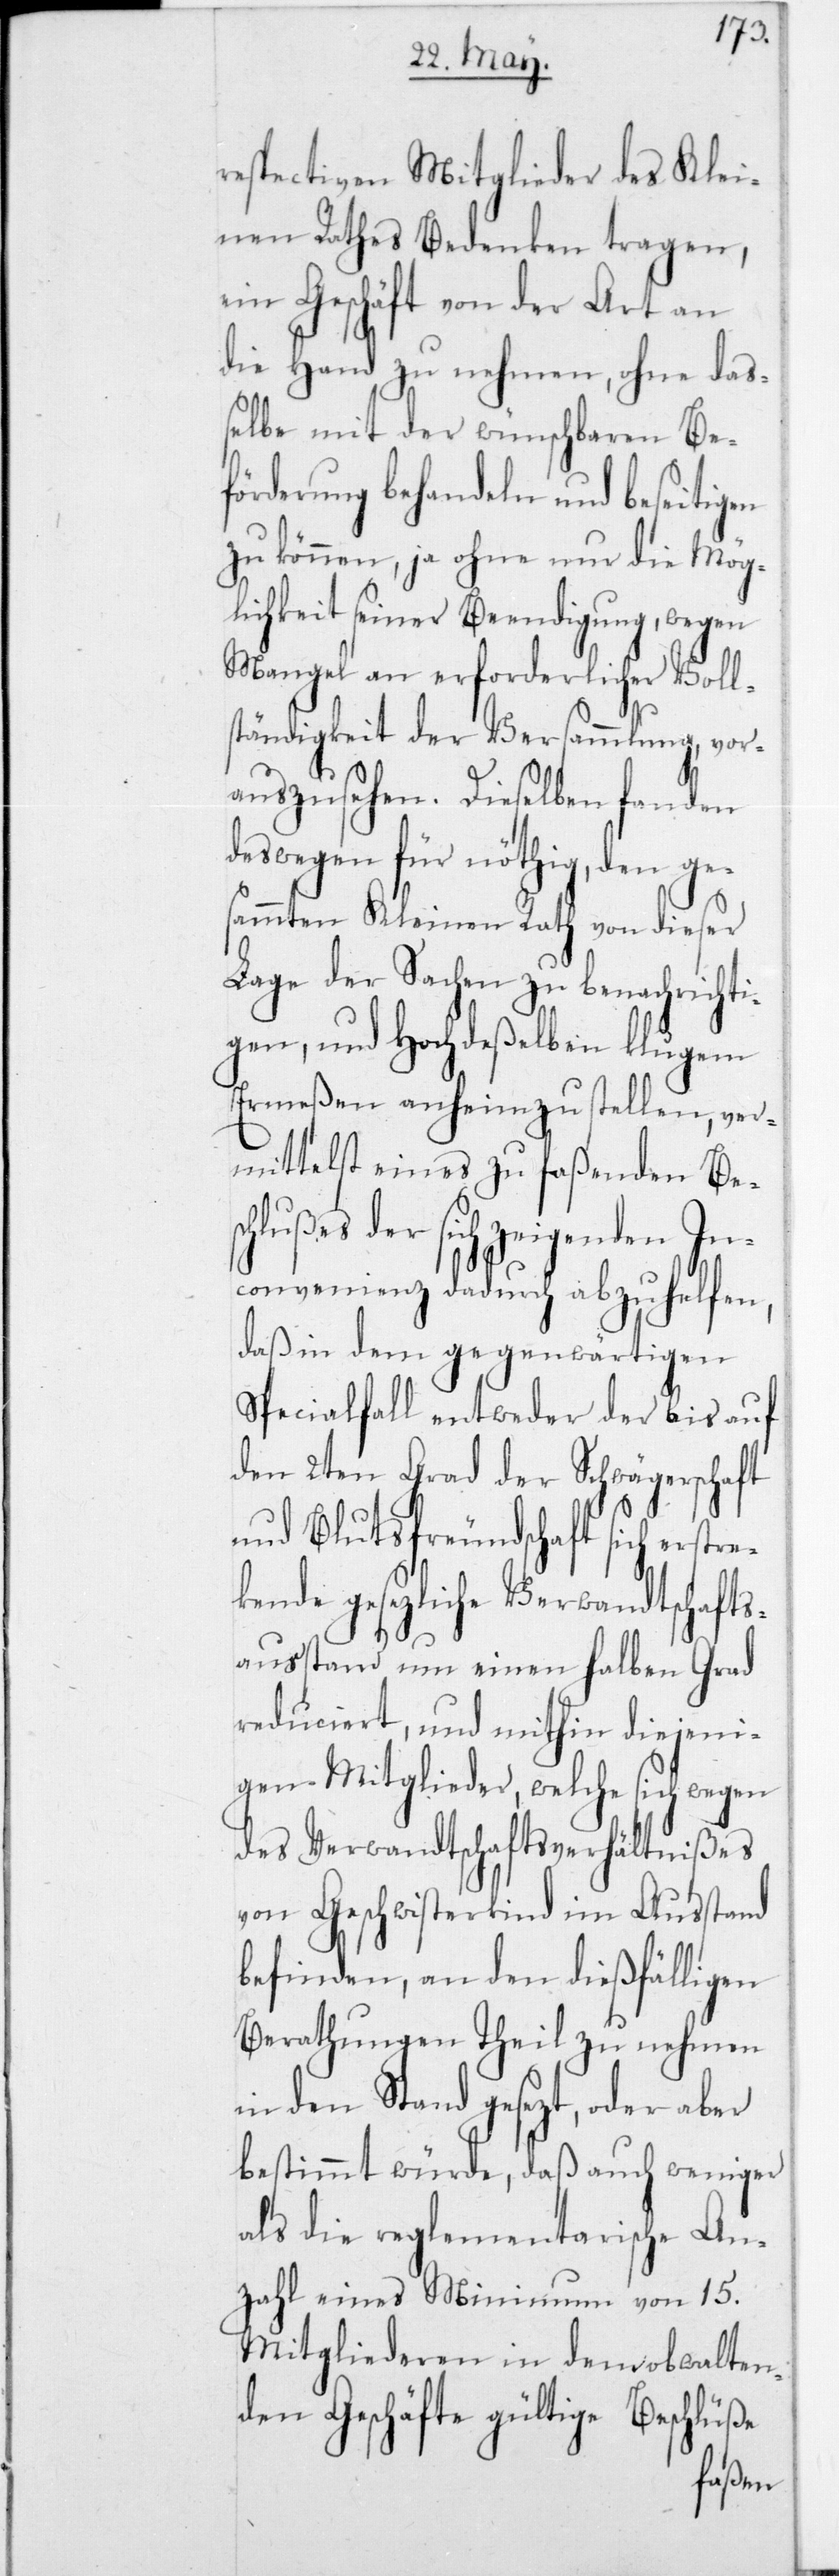
respectiven Mitglieder des Klei¬
nen Rathes Bedenken tragen,
ein Geschäft von der Art an
die Hand zu nehmen, ohne das¬
selbe mit der wünschbaren Be¬
förderung behandeln und beseitigen
zu können, ja ohne nur die Mög¬
lichkeit seiner Beendigung, wegen
Mangel an erforderlicher Voll¬
ständigkeit der Versammlung, vor¬
auszusehen. Dieselben fanden
deswegen für nöthig, den ge¬
sammten Kleinen Rath von dieser
Lage der Sachen zu benachricht¬
igen, und hochdeßelben klugen
Ermeßen anheimzustellen, ver¬
mittelst eines zu faßenden Bes¬
chlußes der sich zeigenden In¬
convenienz dadurch abzuhelfen,
daß in dem gegenwärtigen
Specialfall entweder der bis auf
den 2ten Grad der Schwägerschaft
und Blutsfreundschaft sich erstre¬
kende gesezliche Verwandtschafts¬
ausstand um einen halben Grad
reduciert, und mithin diejeni¬
gen Mitglieder, welche sich wegen
des Verwandtschaftsverhältnißes
von Geschwisterkind im Ausstand
befinden, an den dießfälligen
Berathungen theil zu nehmen
in den Stand gesezt, oder aber
bestimmt würde, daß auch weniger
als die reglementarische An¬
zahl eines Minumum von 15
Mitgliederen in dem obwalten¬
den Geschäfte gültige Beschlüße